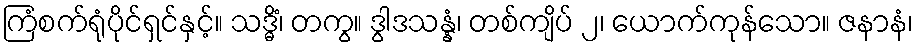
ကြံစက်ရုံပိုင်ရှင်နှင့်။ သဒ္ဓိံ၊ တကွ။ ဒွါဒသန္နံ၊ တစ်ကျိပ် ၂၊ ယောက်ကုန်သော။ ဇနာနံ၊